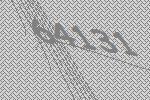
64131